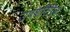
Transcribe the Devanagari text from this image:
उपशरिरिक